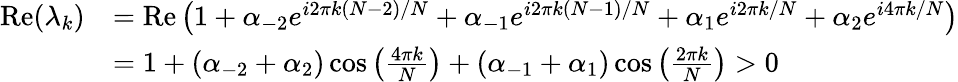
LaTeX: {\begin{array}{rl}{\operatorname{Re}(\lambda_{k})}&{=\operatorname{Re}\left(1+\alpha_{-2}e^{i2\pi k(N-2)/N}+\alpha_{-1}e^{i2\pi k(N-1)/N}+\alpha_{1}e^{i2\pi k/N}+\alpha_{2}e^{i4\pi k/N}\right)}\\ &{=1+(\alpha_{-2}+\alpha_{2})\cos\left({\frac{4\pi k}{N}}\right)+(\alpha_{-1}+\alpha_{1})\cos\left({\frac{2\pi k}{N}}\right)>0}\end{array}}